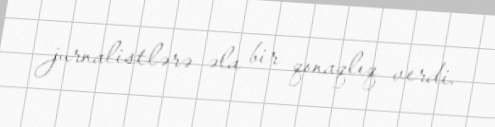
jurnalistlərə əla bir qonaqlıq verdi.